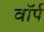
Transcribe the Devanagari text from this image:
वॉर्प